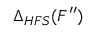
\Delta _ { H F S } ( F ^ { \prime \prime } )